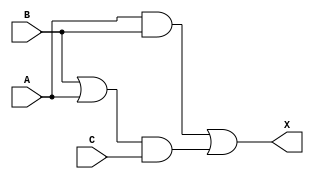
module sky130_fd_sc_ms__maj3 (
    X,
    A,
    B,
    C
);

    // Module ports
    output X;
    input  A;
    input  B;
    input  C;

    // Local signals
    wire or0_out  ;
    wire and0_out ;
    wire and1_out ;
    wire or1_out_X;

    //  Name  Output     Other arguments
    or  or0  (or0_out  , B, A              );
    and and0 (and0_out , or0_out, C        );
    and and1 (and1_out , A, B              );
    or  or1  (or1_out_X, and1_out, and0_out);
    buf buf0 (X        , or1_out_X         );

endmodule